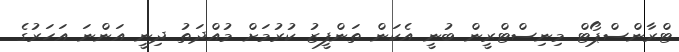
ޓްރާންސްޕޯޓް މިނިސްޓްރީން ބުނީ އެކަން ތަންފީޒު ކުރުމަށް މުއްދަތު ދިނީ އަންނަ އަހަރުގެ